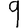
Digit: 9